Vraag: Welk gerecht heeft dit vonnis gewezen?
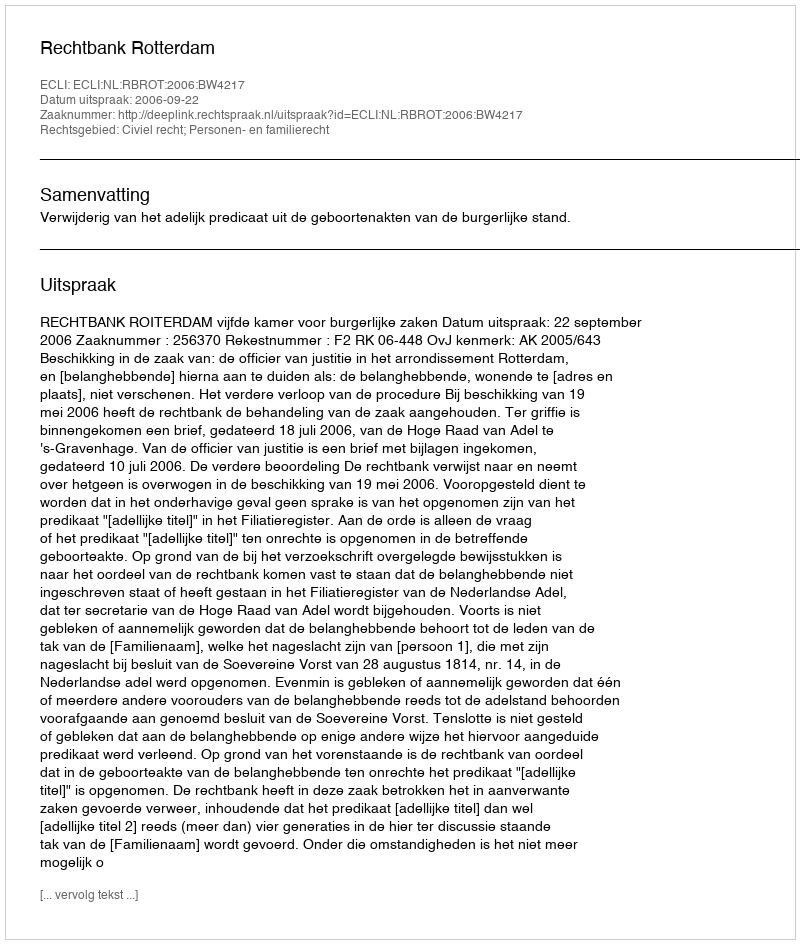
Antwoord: Rechtbank Rotterdam